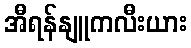
အီရန်နျူကလီးယား